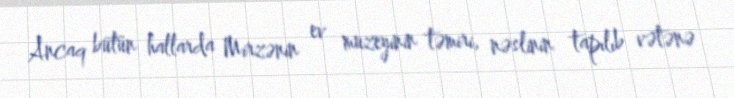
Ancaq bütün hallarda Mirzənin ev muzeyinin təmiri, nəslinin tapılıb vətənə